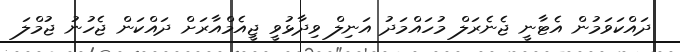
ދައްކަވަމުން އެޓާނީ ޖެނެރަލް މުހައްމަދު އަނިލް ވިދާޅުވީ ޖީއެމްއާރަށް ދައްކަން ޖެހުނު ޖުމްލަ